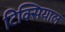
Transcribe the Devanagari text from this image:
टिक्सियाल